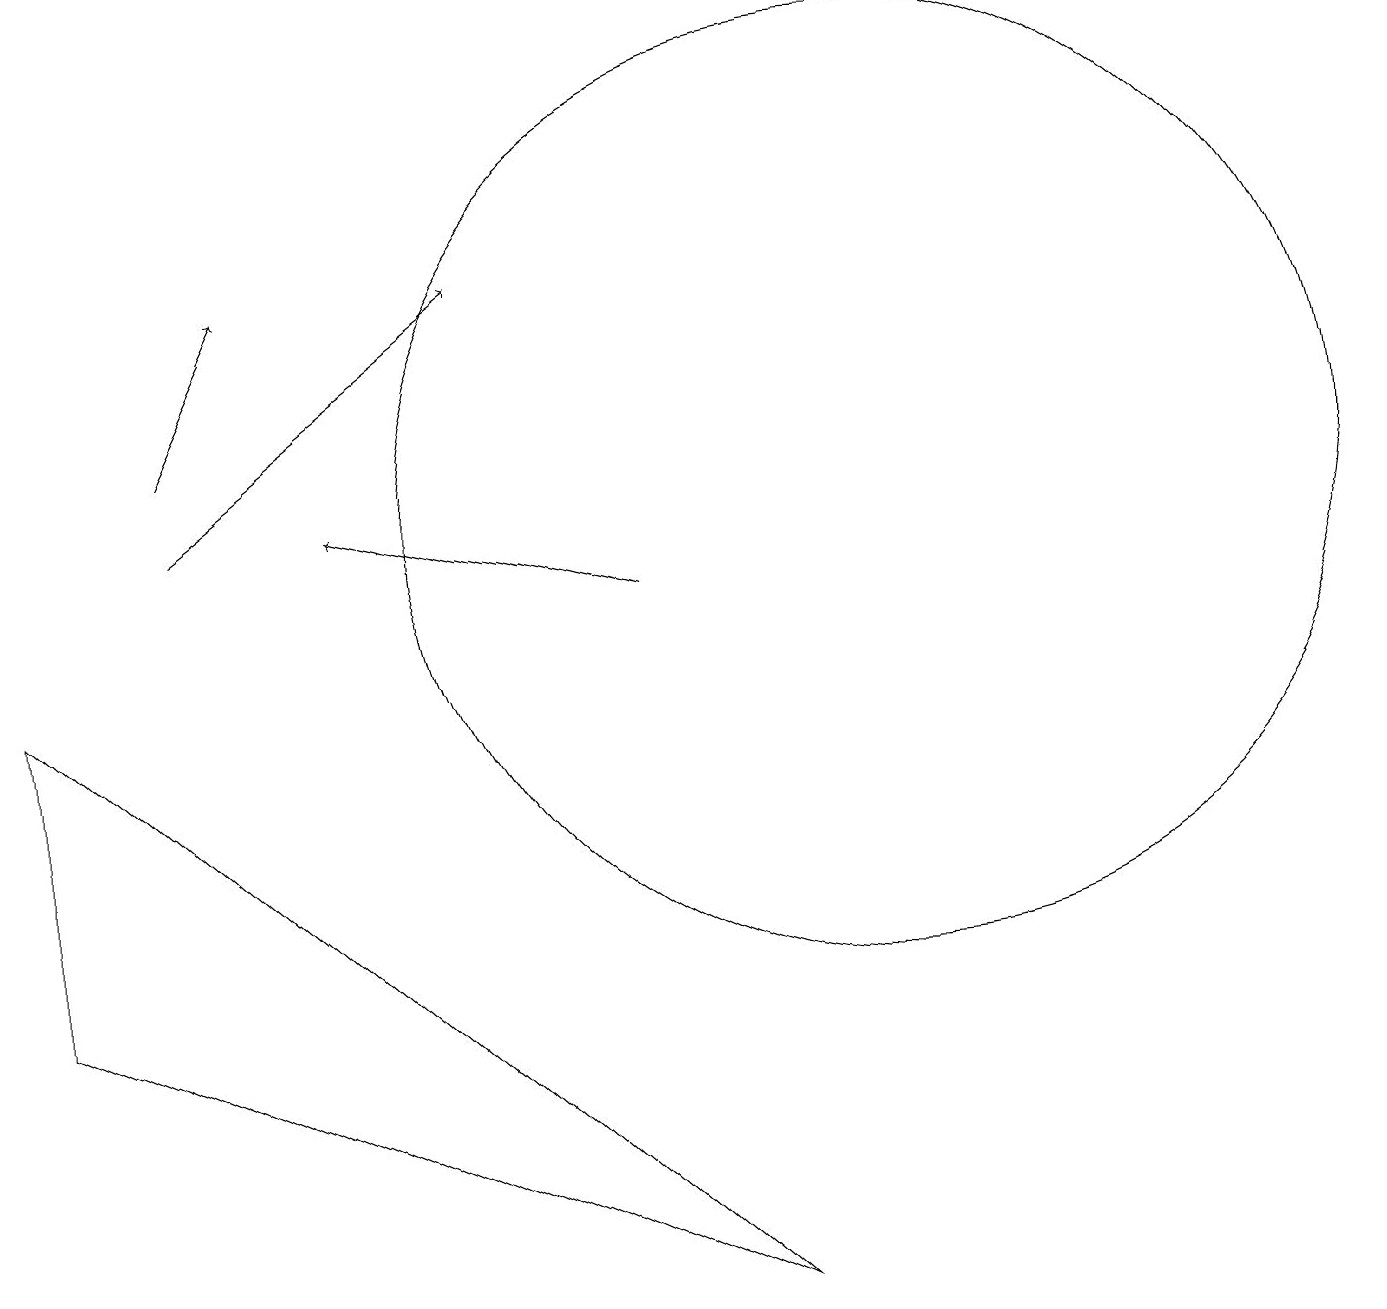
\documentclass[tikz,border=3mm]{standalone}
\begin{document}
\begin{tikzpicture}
\draw[->] (2,12) -- (3,14);
\draw (11,11) circle (6);
\draw[->] (8,10) -- (4,11);
\draw[->] (2,11) -- (6,14);
\draw (0,17) rectangle (0,16);
\draw (0,5) -- (0,9) -- (9,1) -- cycle;
\draw (12,10) circle (0);
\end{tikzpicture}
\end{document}